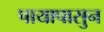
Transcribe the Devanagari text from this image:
पायापासुन